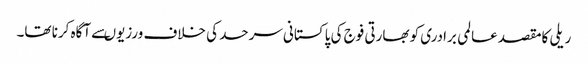
ریلی کامقصد عالمی برادری کو بھارتی فوج کی پاکستانی سرحد کی خلاف ورزیوںسے آگاہ کرنا تھا۔